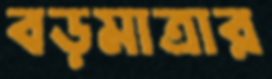
বড়মাত্রার